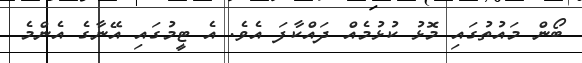
ބޯން މައުތުގައި މޮޅު ކުޅުމެއް ދައްކާފަ އެވެ. އެ ޓީމުގައި އޭނާގެ އެންމެ